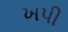
ખપી